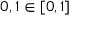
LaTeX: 0 , 1 \in [ 0 , 1 ]